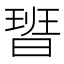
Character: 𭨞